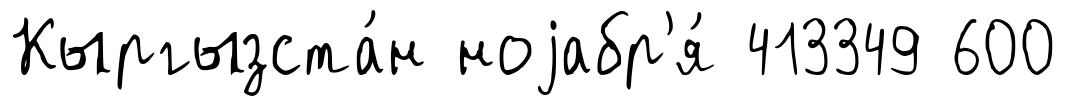
Кыргызста́н ноjабр'я́ 413349 600